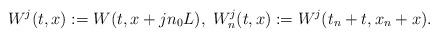
LaTeX: \begin{align*}W^j(t,x):=W(t, x+jn_0L),\; W^j_n(t,x):=W^j(t_n+t, x_n+x).\end{align*}